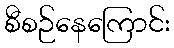
စီစဉ်နေကြောင်း